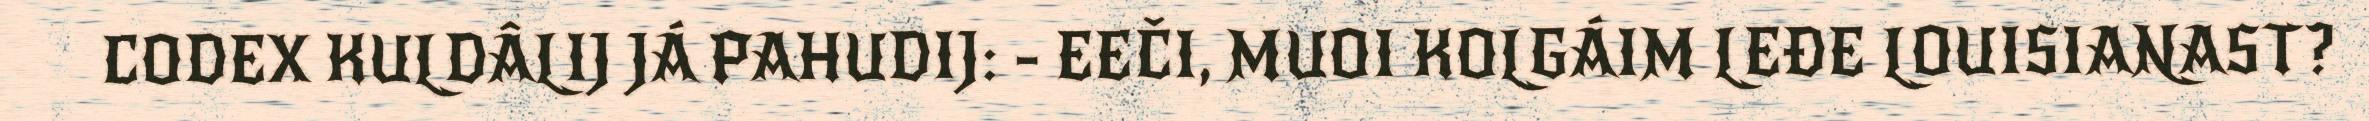
CODEX KULDÂLIJ JÁ PAHUDIJ: - EEČI, MUOI KOLGÁIM LEĐE LOUISIANAST?